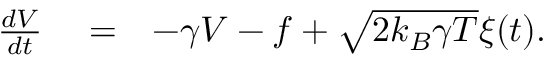
\begin{array} { r l r } { { \frac { d V } { d t } } } & { { } = } & { - \gamma V - f + \sqrt { 2 k _ { B } \gamma T } \xi ( t ) . } \end{array}